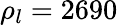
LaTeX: \rho_{l}=2690